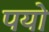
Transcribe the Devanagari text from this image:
पयो